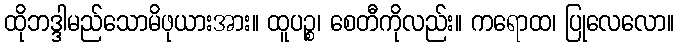
ထိုဘဒ္ဒါမည်သောမိဖုယားအား။ ထူပဉ္စ၊ စေတီကိုလည်း။ ကရောထ၊ ပြုလေလော။